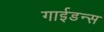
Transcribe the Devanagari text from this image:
गाईडन्स